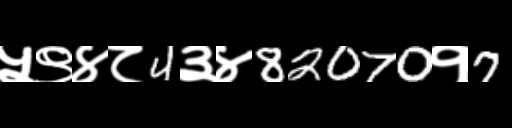
Text: ५९४८4३४82070१7